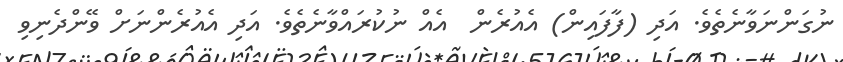
ނުގަންނަވާނެތެވެ. އަދި (ފާފައިން) އެއުރެން  އެއް ނުކުރައްވާނެތެވެ. އަދި އެއުރެންނަށް ވޭންދެނިވި